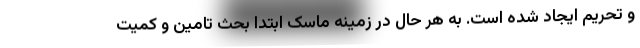
و تحریم ایجاد شده است. به هر حال در زمینه ماسک ابتدا بحث تامین و کمیت